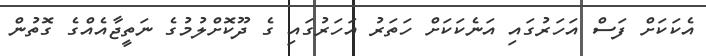
އެކަކަށް ފަސް އަހަރުގައި އަނެކަކަށް ހަތަރު އަހަރުގައި ގެ ދޫކޮށްލުމުގެ ނަތީޖާއެއްގެ ގޮތުން